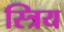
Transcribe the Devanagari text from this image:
स्त्रिय